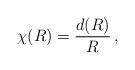
LaTeX: \begin{align*}\chi(R)=\frac{d(R)}{R}\,,\end{align*}